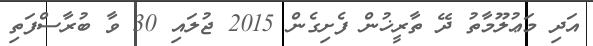
އަދި މަޢުލޫމާތު ދޭ ތާރީޚުން ފެށިގެން 2015 ޖުލައި 30 ވާ ބުރާސްފަތި